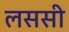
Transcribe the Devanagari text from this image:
लससी